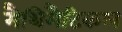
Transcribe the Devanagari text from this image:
मैथिमैटिकल